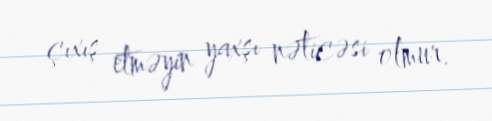
çıxış etməyin yaxşı nəticəsi olmur.